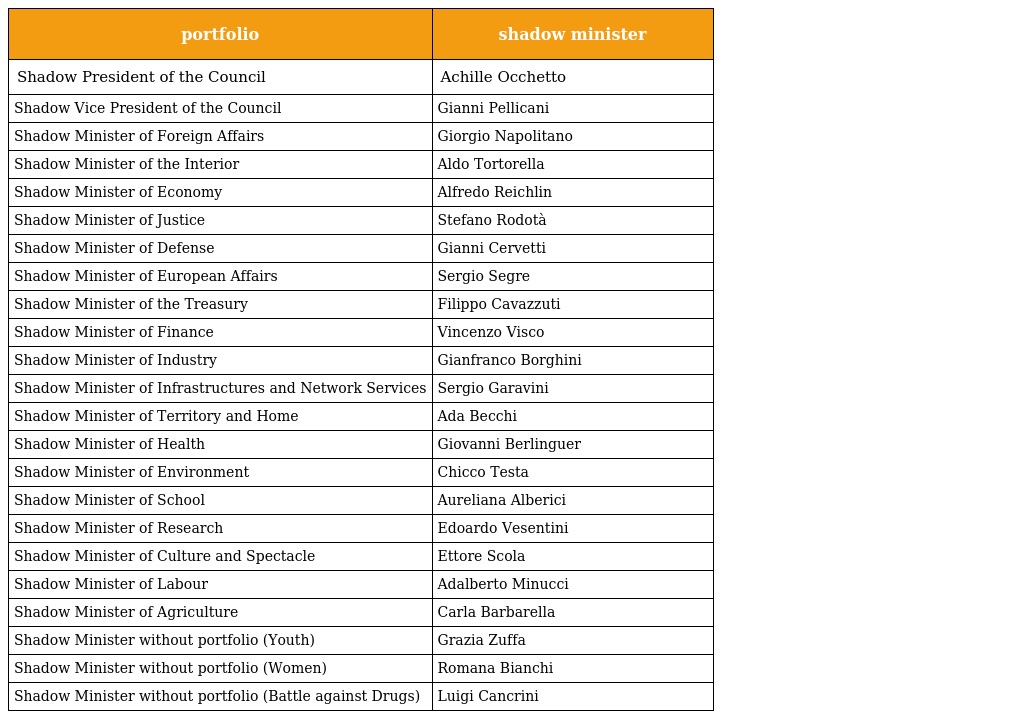
| portfolio | shadow minister |
 | --- | --- |
 | Shadow President of the Council | Achille Occhetto |
 | Shadow Vice President of the Council | Gianni Pellicani |
 | Shadow Minister of Foreign Affairs | Giorgio Napolitano |
 | Shadow Minister of the Interior | Aldo Tortorella |
 | Shadow Minister of Economy | Alfredo Reichlin |
 | Shadow Minister of Justice | Stefano Rodotà |
 | Shadow Minister of Defense | Gianni Cervetti |
 | Shadow Minister of European Affairs | Sergio Segre |
 | Shadow Minister of the Treasury | Filippo Cavazzuti |
 | Shadow Minister of Finance | Vincenzo Visco |
 | Shadow Minister of Industry | Gianfranco Borghini |
 | Shadow Minister of Infrastructures and Network Services | Sergio Garavini |
 | Shadow Minister of Territory and Home | Ada Becchi |
 | Shadow Minister of Health | Giovanni Berlinguer |
 | Shadow Minister of Environment | Chicco Testa |
 | Shadow Minister of School | Aureliana Alberici |
 | Shadow Minister of Research | Edoardo Vesentini |
 | Shadow Minister of Culture and Spectacle | Ettore Scola |
 | Shadow Minister of Labour | Adalberto Minucci |
 | Shadow Minister of Agriculture | Carla Barbarella |
 | Shadow Minister without portfolio (Youth) | Grazia Zuffa |
 | Shadow Minister without portfolio (Women) | Romana Bianchi |
 | Shadow Minister without portfolio (Battle against Drugs) | Luigi Cancrini |